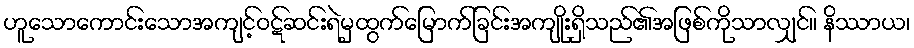
ဟူသောကောင်းသောအကျင့်ဝဋ်ဆင်းရဲမှထွက်မြောက်ခြင်းအကျိုးရှိသည်၏အဖြစ်ကိုသာလျှင်။ နိဿာယ၊